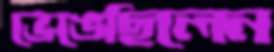
ভেঙেছিলেন